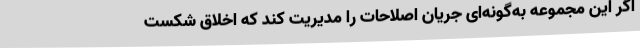
اگر این مجموعه به‌گونه‌ای جریان اصلاحات را مدیریت کند که اخلاق شکست